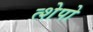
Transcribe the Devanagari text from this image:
त्शेपो